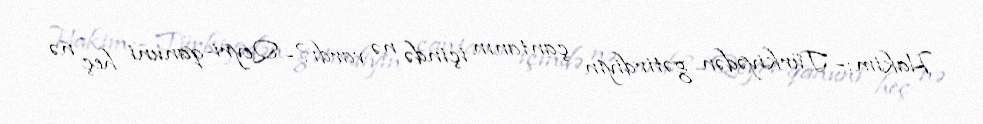
Hakim:- Türkiyədən gətirdiyin çantanın içində nə vardı?- Qeyri-qanuni heç nə